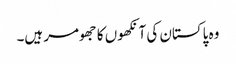
وہ پاکستان کی آنکھوں کا جھومر ہیں۔